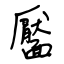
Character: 靨